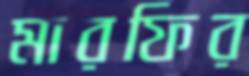
মারফির